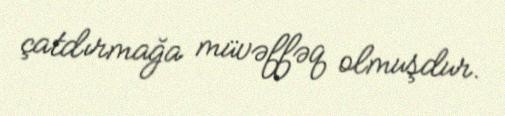
çatdırmağa müvəffəq olmuşdur.